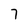
Character: 7